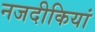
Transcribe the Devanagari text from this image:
नजदीकियां